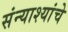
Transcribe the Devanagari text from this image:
संन्याश्यांचे